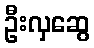
ဦးလှဆွေ